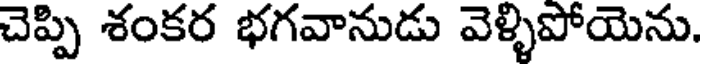
చెప్పి శంకర భగవానుడు వెళ్ళిపోయెను.